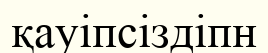
қауіпсіздіпн